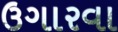
ઉગારવા